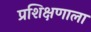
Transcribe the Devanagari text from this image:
प्रशिक्षणाला